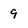
Character: 9